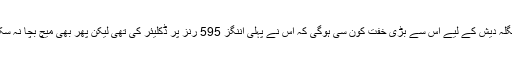
بنگلہ دیش کے لیے اس سے بڑی خفت کون سی ہوگی کہ اس نے پہلی اننگز 595 رنز پر ڈکلیئر کی تھی لیکن پھر بھی میچ بچا نہ سکا۔